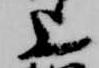
上